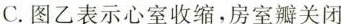
C.图乙表示心室收缩，房室瓣关闭